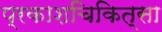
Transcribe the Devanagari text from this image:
प्रकाशचिकित्सा